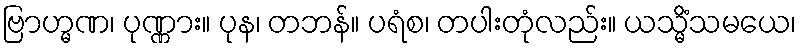
ဗြာဟ္မဏ၊ ပုဏ္ဏား။ ပုန၊ တဘန်။ ပရံစ၊ တပါးတုံလည်း။ ယသ္မိံသမယေ၊